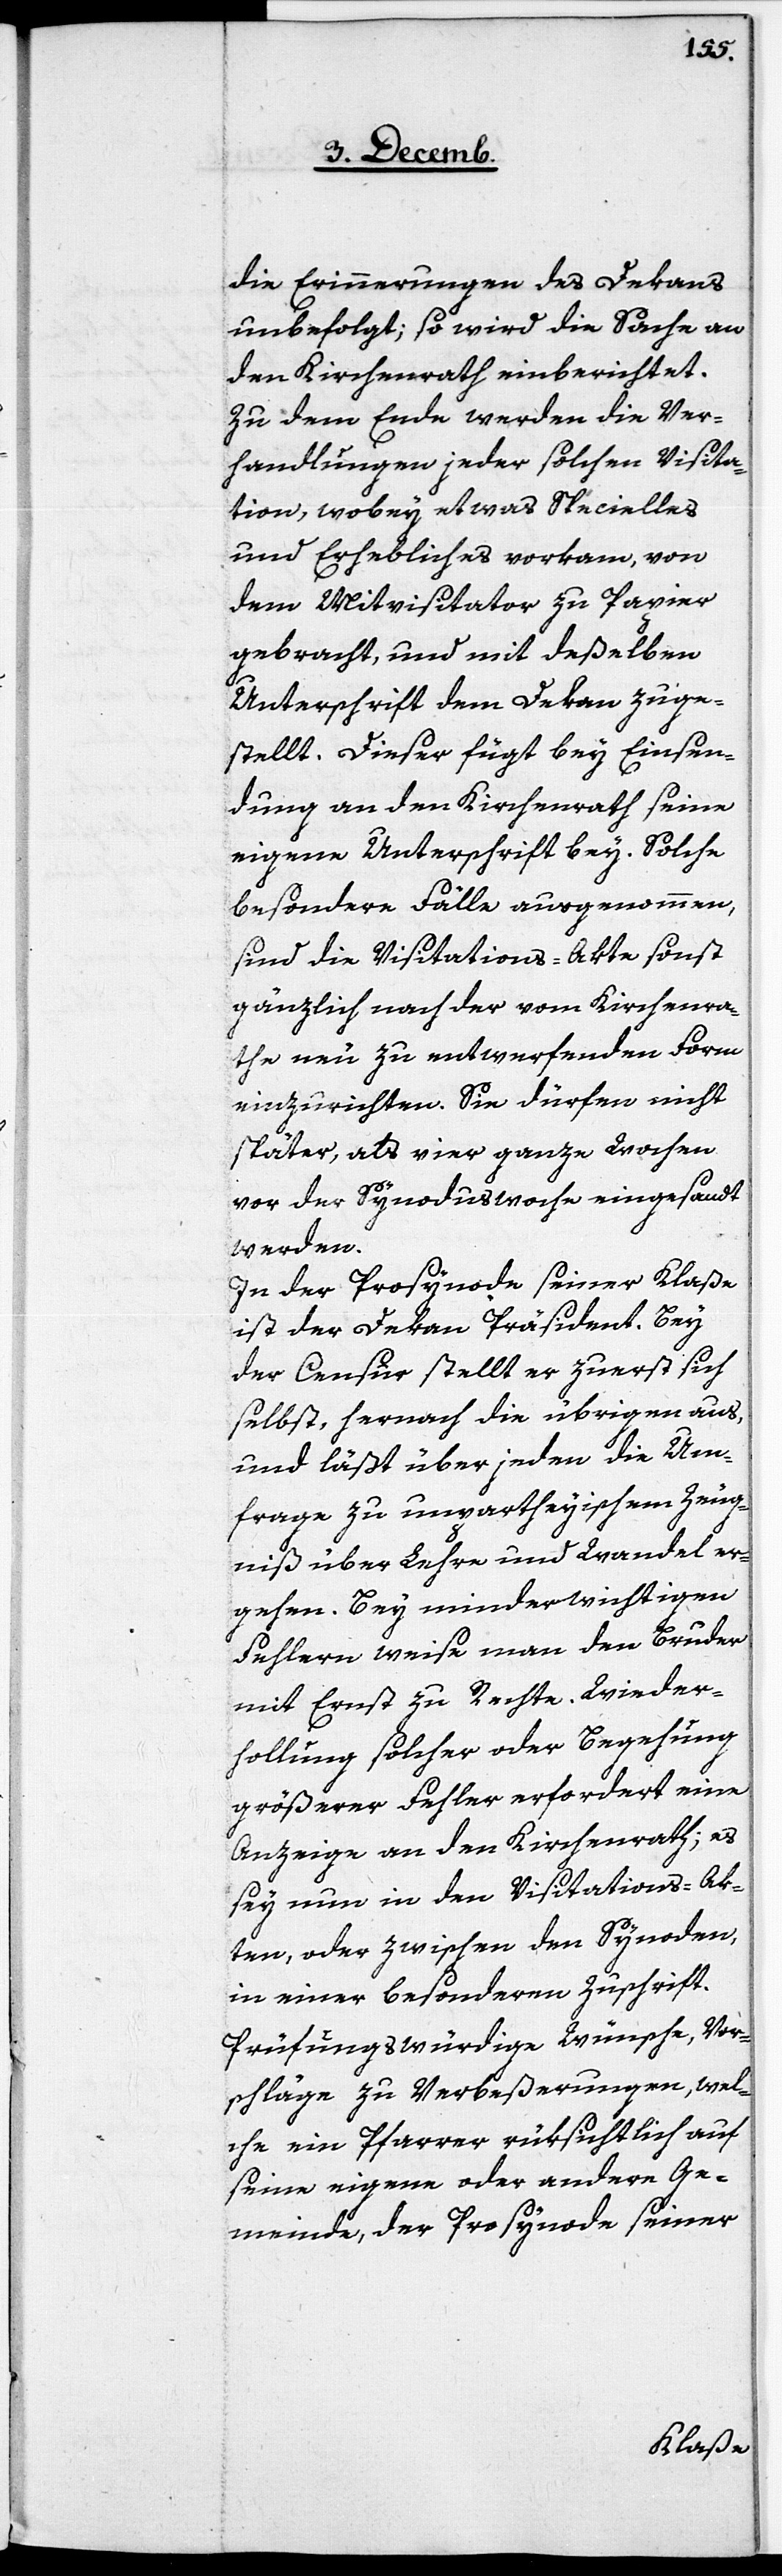
die Erinnerungen des Dekans
unbefolgt; so wird die Sache an
den Kirchenrath einberichtet.
Zu dem Ende werden die Ver¬
handlungen jeder solchen Visita¬
tion, wobey etwas Specielles
und Erhebliches vorkam, von
dem Mitvisitator zu Papier
gebracht, und mit deßelben
Unterschrift dem Dekan zuge¬
stellt. Dieser fügt bey Einsen¬
dung an den Kirchenrath seine
eigene Unterschrift bey. Solche
besondere Fälle ausgenommen,
sind die Visitations-Akte sonst
gänzlich nach der vom Kirchenra¬
the neu zu entwerfenden Form
einzurichten. Sie dürfen nicht
später, als vier ganze Wochen
vor der Synoduswoche eingesandt
werden.
In der Prosynode seiner Klaße
ist der Dekan Präsident. Bey
der Censur stellt er zuerst sich
selbst, hernach die übrigen aus,
und läßt über jeden die Um¬
frage zu unpartheyischem Zeug¬
niß über Lehre und Wandel er¬
gehen. Bey minderwichtigen
Fehlern weise man den Bruder
mit Ernst zu Rechte. Wieder¬
hollung solcher oder Begehung
größerer Fehler erfordert eine
Anzeige an den Kirchenrath; es
sey nun in den Visitations-Ak¬
ten, oder zwischen den Synoden,
in einer besonderen Zuschrift.
Prüfungswürdige Wünsche, Vor¬
schläge zu Verbeßerungen, wel¬
che ein Pfarrer rüksichtlich auf
seine eigene oder andere Ge¬
meinde, der Prosynode seiner